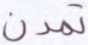
تمدن